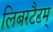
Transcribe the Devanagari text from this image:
लिबरटैटम्